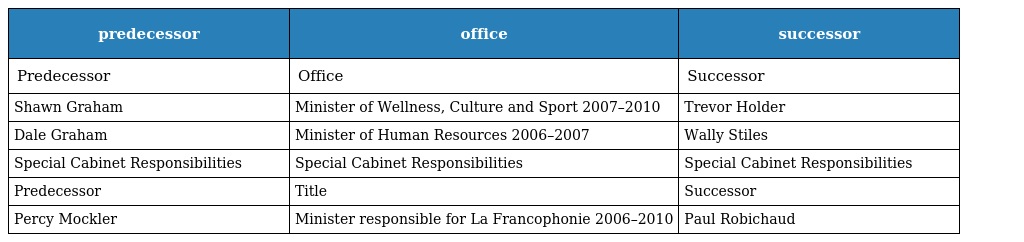
| predecessor | office | successor |
 | --- | --- | --- |
 | Predecessor | Office | Successor |
 | Shawn Graham | Minister of Wellness, Culture and Sport 2007–2010 | Trevor Holder |
 | Dale Graham | Minister of Human Resources 2006–2007 | Wally Stiles |
 | Special Cabinet Responsibilities | Special Cabinet Responsibilities | Special Cabinet Responsibilities |
 | Predecessor | Title | Successor |
 | Percy Mockler | Minister responsible for La Francophonie 2006–2010 | Paul Robichaud |